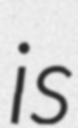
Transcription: is